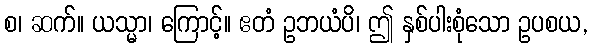
စ၊ ဆက်။ ယသ္မာ၊ ကြောင့်။ ဧတံ ဥဘယံပိ၊ ဤ နှစ်ပါးစုံသော ဥပစယ,